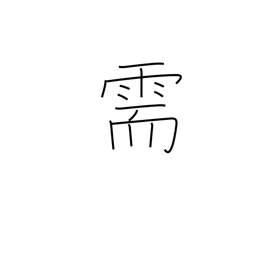
Meaning: request